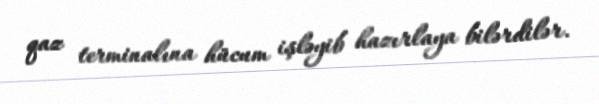
qaz terminalına hücum işləyib hazırlaya bilərdilər.